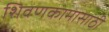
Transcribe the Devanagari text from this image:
शिवणकामासाठी